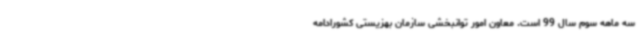
سه ماهه سوم سال 99 است. معاون امور توانبخشی سازمان بهزیستی کشورادامه